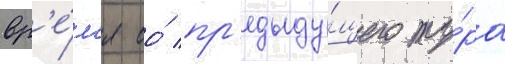
вр'е́м'я ео́ пр'едыду́щего ту́ра